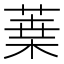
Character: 𦹁